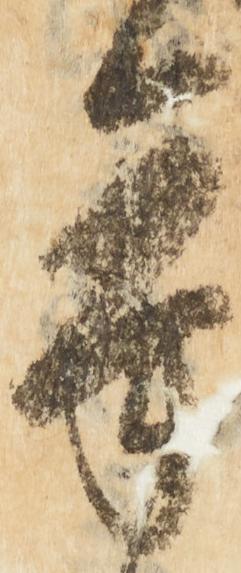
承